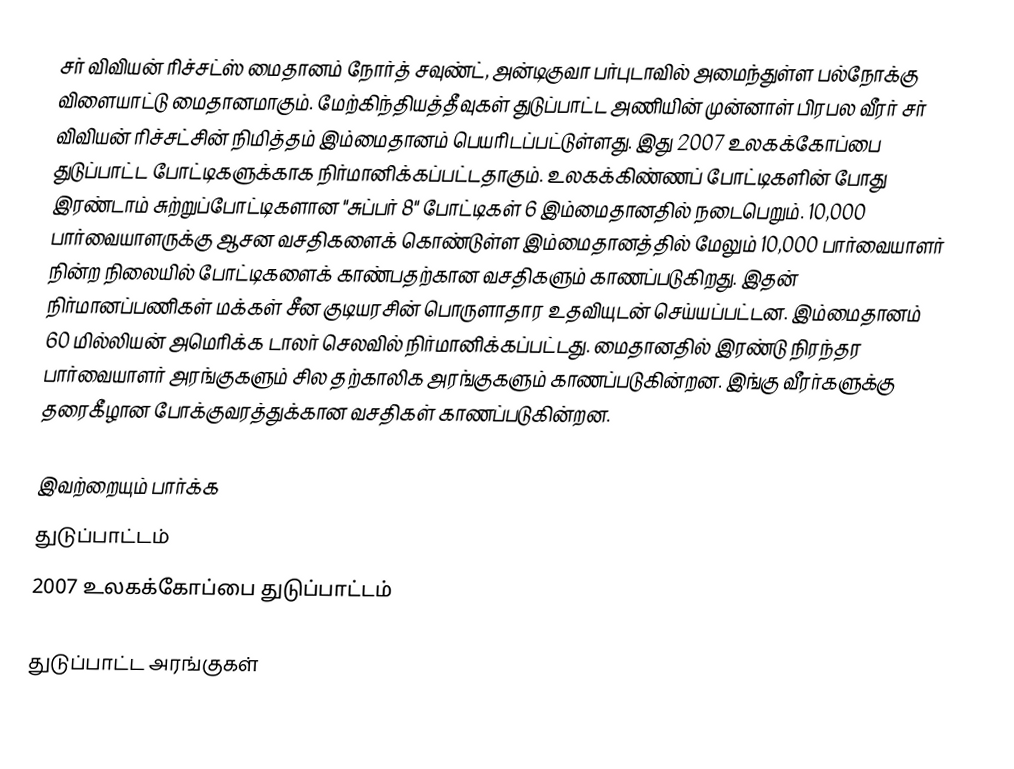
சர் விவியன் ரிச்சட்ஸ் மைதானம் நோர்த் சவுண்ட், அன்டிகுவா பர்புடாவில் அமைந்துள்ள பல்நோக்கு விளையாட்டு மைதானமாகும். மேற்கிந்தியத்தீவுகள் துடுப்பாட்ட அணியின் முன்னாள் பிரபல வீரர் சர் விவியன் ரிச்சட்சின் நிமித்தம் இம்மைதானம் பெயரிடப்பட்டுள்ளது. இது 2007 உலகக்கோப்பை துடுப்பாட்ட போட்டிகளுக்காக நிர்மானிக்கப்பட்டதாகும். உலகக்கிண்ணப் போட்டிகளின் போது இரண்டாம் சுற்றுப்போட்டிகளான "சுப்பர் 8" போட்டிகள் 6 இம்மைதானதில் நடைபெறும். 10,000 பார்வையாளருக்கு ஆசன வசதிகளைக் கொண்டுள்ள இம்மைதானத்தில் மேலும் 10,000 பார்வையாளர் நின்ற நிலையில் போட்டிகளைக் காண்பதற்கான வசதிகளும் காணப்படுகிறது. இதன் நிர்மானப்பணிகள் மக்கள் சீன குடியரசின் பொருளாதார உதவியுடன் செய்யப்பட்டன. இம்மைதானம் 60 மில்லியன் அமெரிக்க டாலர் செலவில் நிர்மானிக்கப்பட்டது. மைதானதில் இரண்டு நிரந்தர பார்வையாளர் அரங்குகளும் சில தற்காலிக அரங்குகளும் காணப்படுகின்றன. இங்கு வீரர்களுக்கு தரைகீழான போக்குவரத்துக்கான வசதிகள் காணப்படுகின்றன.

இவற்றையும் பார்க்க
 துடுப்பாட்டம்
 2007 உலகக்கோப்பை துடுப்பாட்டம்

துடுப்பாட்ட அரங்குகள்